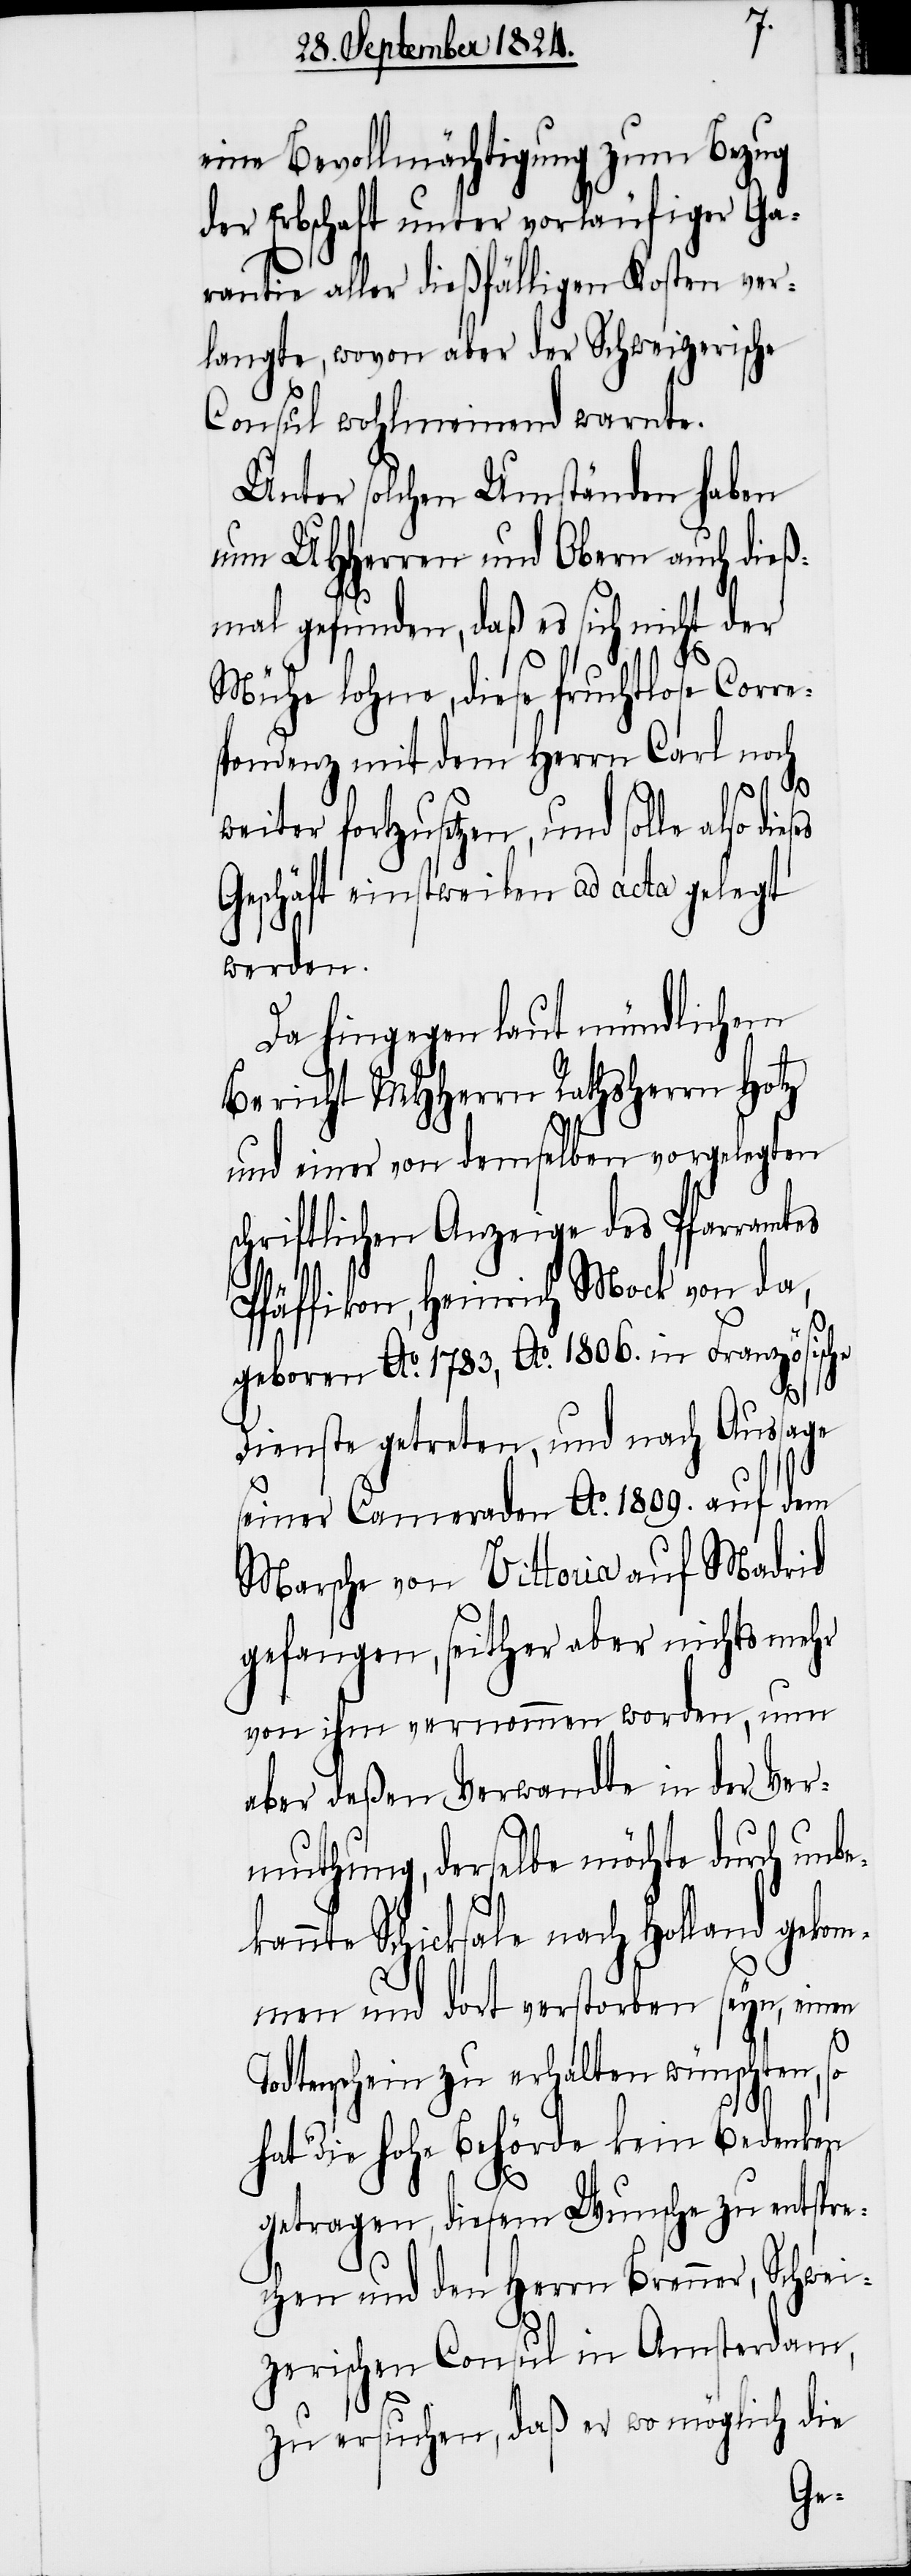
eine Bevollmächtigung zum Bezug
der Erbschaft unter vorläufiger Ga¬
rantie aller dießfälligen Kosten ver¬
langte, wovon aber der Schweizerische
Consul wohlmeinend warnte.
Unter solchen Umständen haben
nun UHHerren und Obern auch dieß¬
mal gefunden, daß es sich nicht der
Mühe lohne, diese fruchtlose Corre¬
spondenz mit dem Herrn Carl noch
ses
weiter fortzusetzen, und solle also die¬
Geschäft einstweilen ad acta gelegt
werden.
Da hingegen laut mündlichem
Bericht MHHerrn Rathsherrn Hotz
und einer von demselben vorgelegten
schriftlichen Anzeige des Pfarramtes
Pfäffikon, Heinrich Mock von da,
geboren Ao. 1783, Ao. 1806. in Französische
Dienste getreten, und nach Aussage
seiner Cameraden Ao. 1809. auf dem
Marsche von Vittoria auf Madrid
gefangen, seither aber nichts mehr
von ihm vernommen worden, nun
aber deßen Verwandte in der Ver¬
muthung, derselbe möchte durch unb¬
ekannte Schicksale nach Holland gekom¬
men und dort verstorben seyn, einen
Todtenschein zu erhalten wünschten, so
hat die hohe Behörde kein Bedenken
getragen, diesem Wunsche zu entspre¬
chen und den Herrn Brenner, Schwei¬
zerischen Consul in Amsterdam,
zu ersuchen, daß er wo möglich die